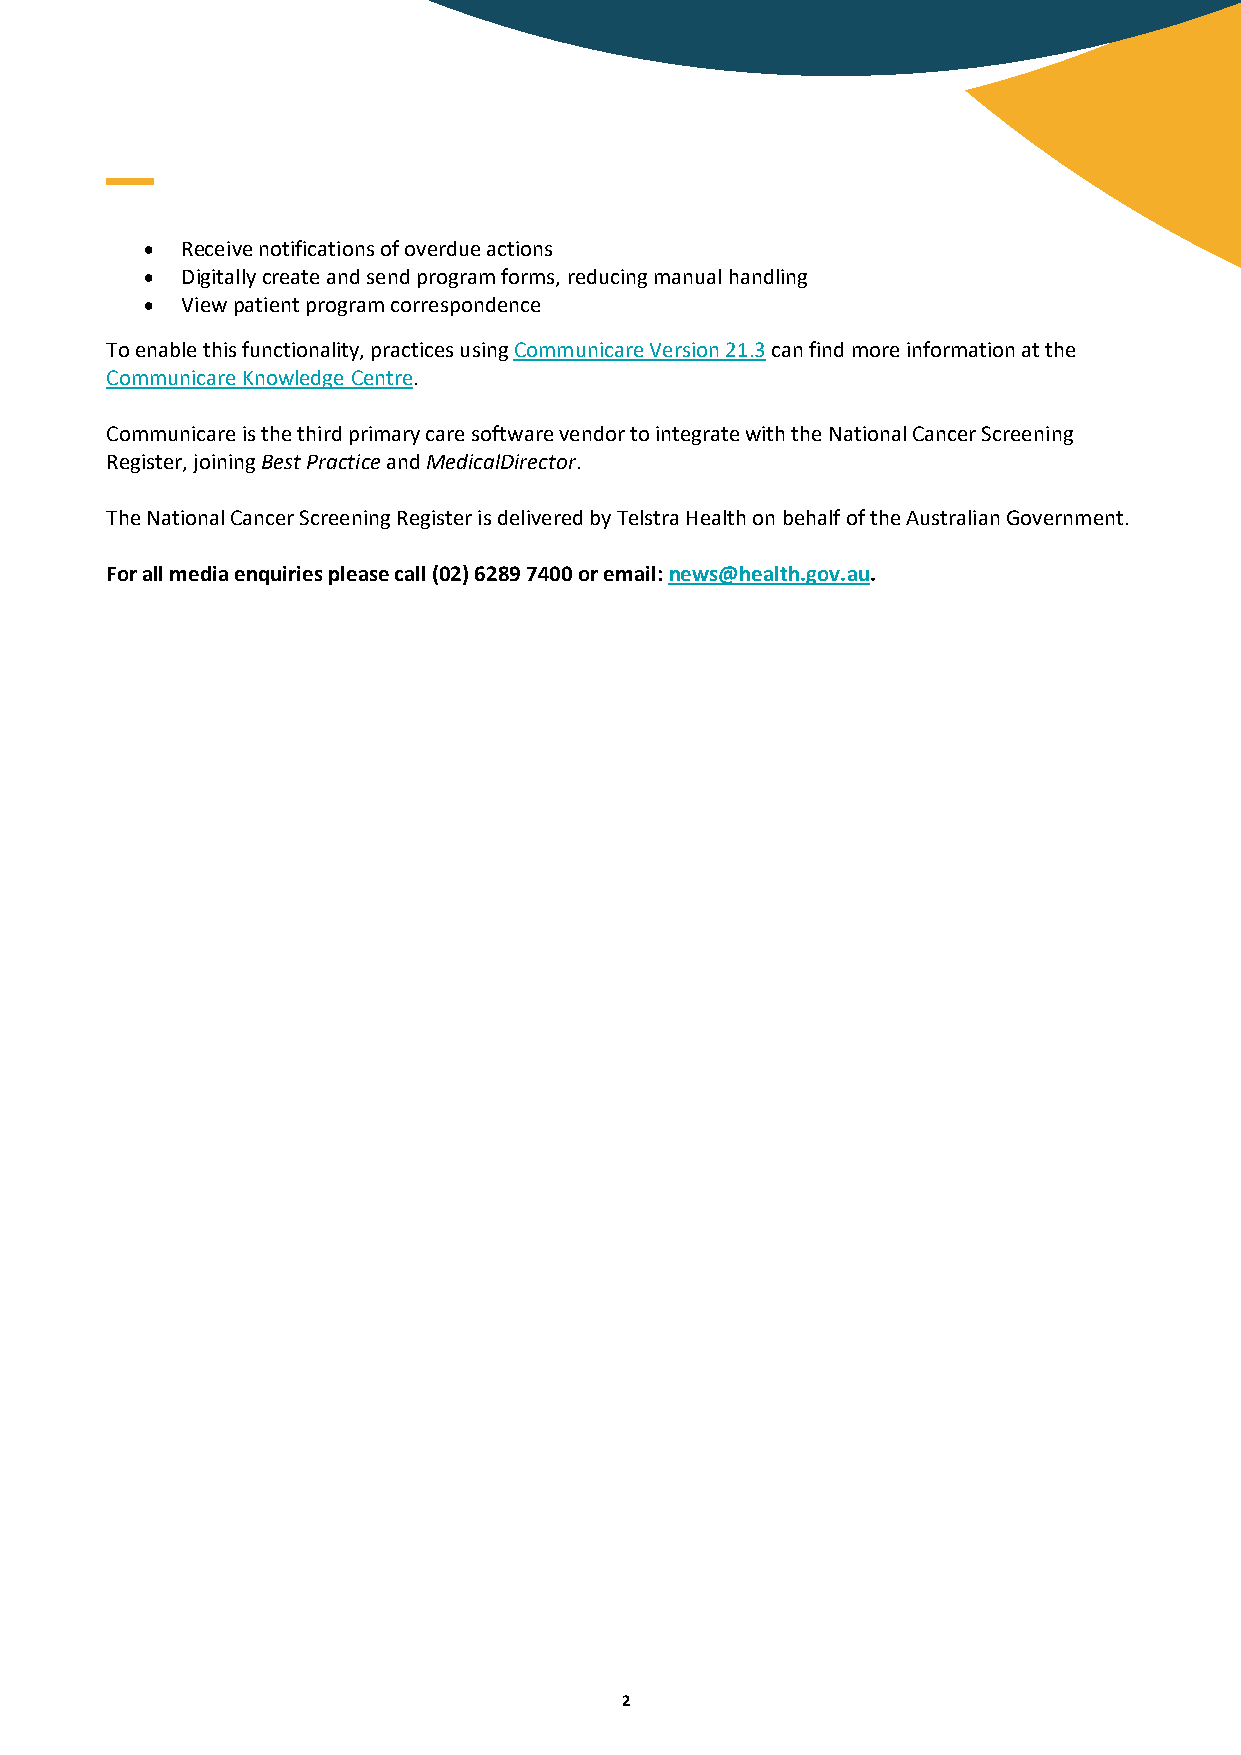
• Receive notifications of overdue actions
 • Digitally create and send program forms, reducing manual handling
 • View patient program correspondence
 To enable this functionality, practices using Communicare Version 21.3 can find more information at the
 Communicare Knowledge Centre.
 Communicare is the third primary care software vendor to integrate with the National Cancer Screening
 Register, joining Best Practice and MedicalDirector.
 The National Cancer Screening Register is delivered by Telstra Health on behalf of the Australian Government.
 For all media enquiries please call (02) 6289 7400 or email: news@health.gov.au.
 2